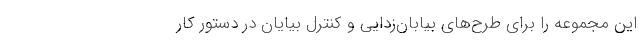
این مجموعه را برای طرح‌های بیابان‌زدایی و کنترل بیایان در دستور کار